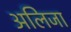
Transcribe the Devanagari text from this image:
अलिजा